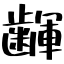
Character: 齳